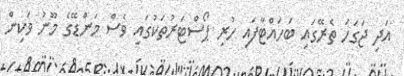
އަދި ޖަގަހަ ތެރޭގައި ބަހައްޓާފައި ހުރި ޕޯސްޓަރުތަކުގައި ވެސް މަންޑޭގެ މޫނު ވަކިން